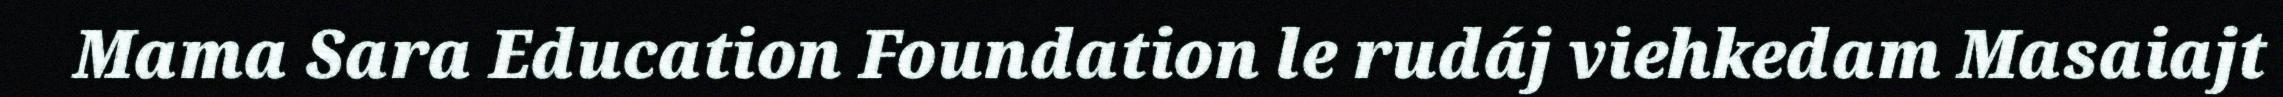
Mama Sara Education Foundation le rudáj viehkedam Masaiajt